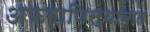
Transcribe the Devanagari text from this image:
अफगाणिस्थानात